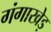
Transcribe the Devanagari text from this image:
गंगाखेड़